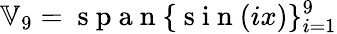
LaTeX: \mathbb{V}_{9}=\mathrm{~s~p~a~n~}\{ \mathrm{~s~i~n~}(ix)\} _{i=1}^{9}